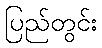
ပြည်တွင်း